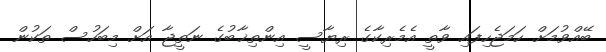
ބޭއްވުމަށް ހަމަޖެހިފައި ވާތީ އެމެރިކާގެ ރިޔާސީ އިންތިޚާބުގެ ނަތީޖާ އަށް މިބަހުސް ތަކުން